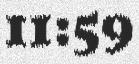
11:59